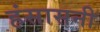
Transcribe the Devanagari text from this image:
हंसासनी